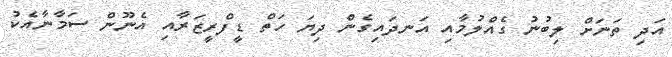
އަދި ތަނަށް ލިބުނު ގެއްލުމާއި އަނދައިގެން ދިޔަ ހަތް ޑީފްރީޒަރާއި އެނޫން ސަމާނާއެކު